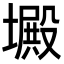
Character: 𡑴